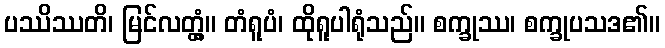
ပဿိဿတိ၊ မြင်လတ္တံ့။ တံရူပံ၊ ထိုရူပါရုံသည်။ စက္ခုဿ၊ စက္ခုပသဒ၏။